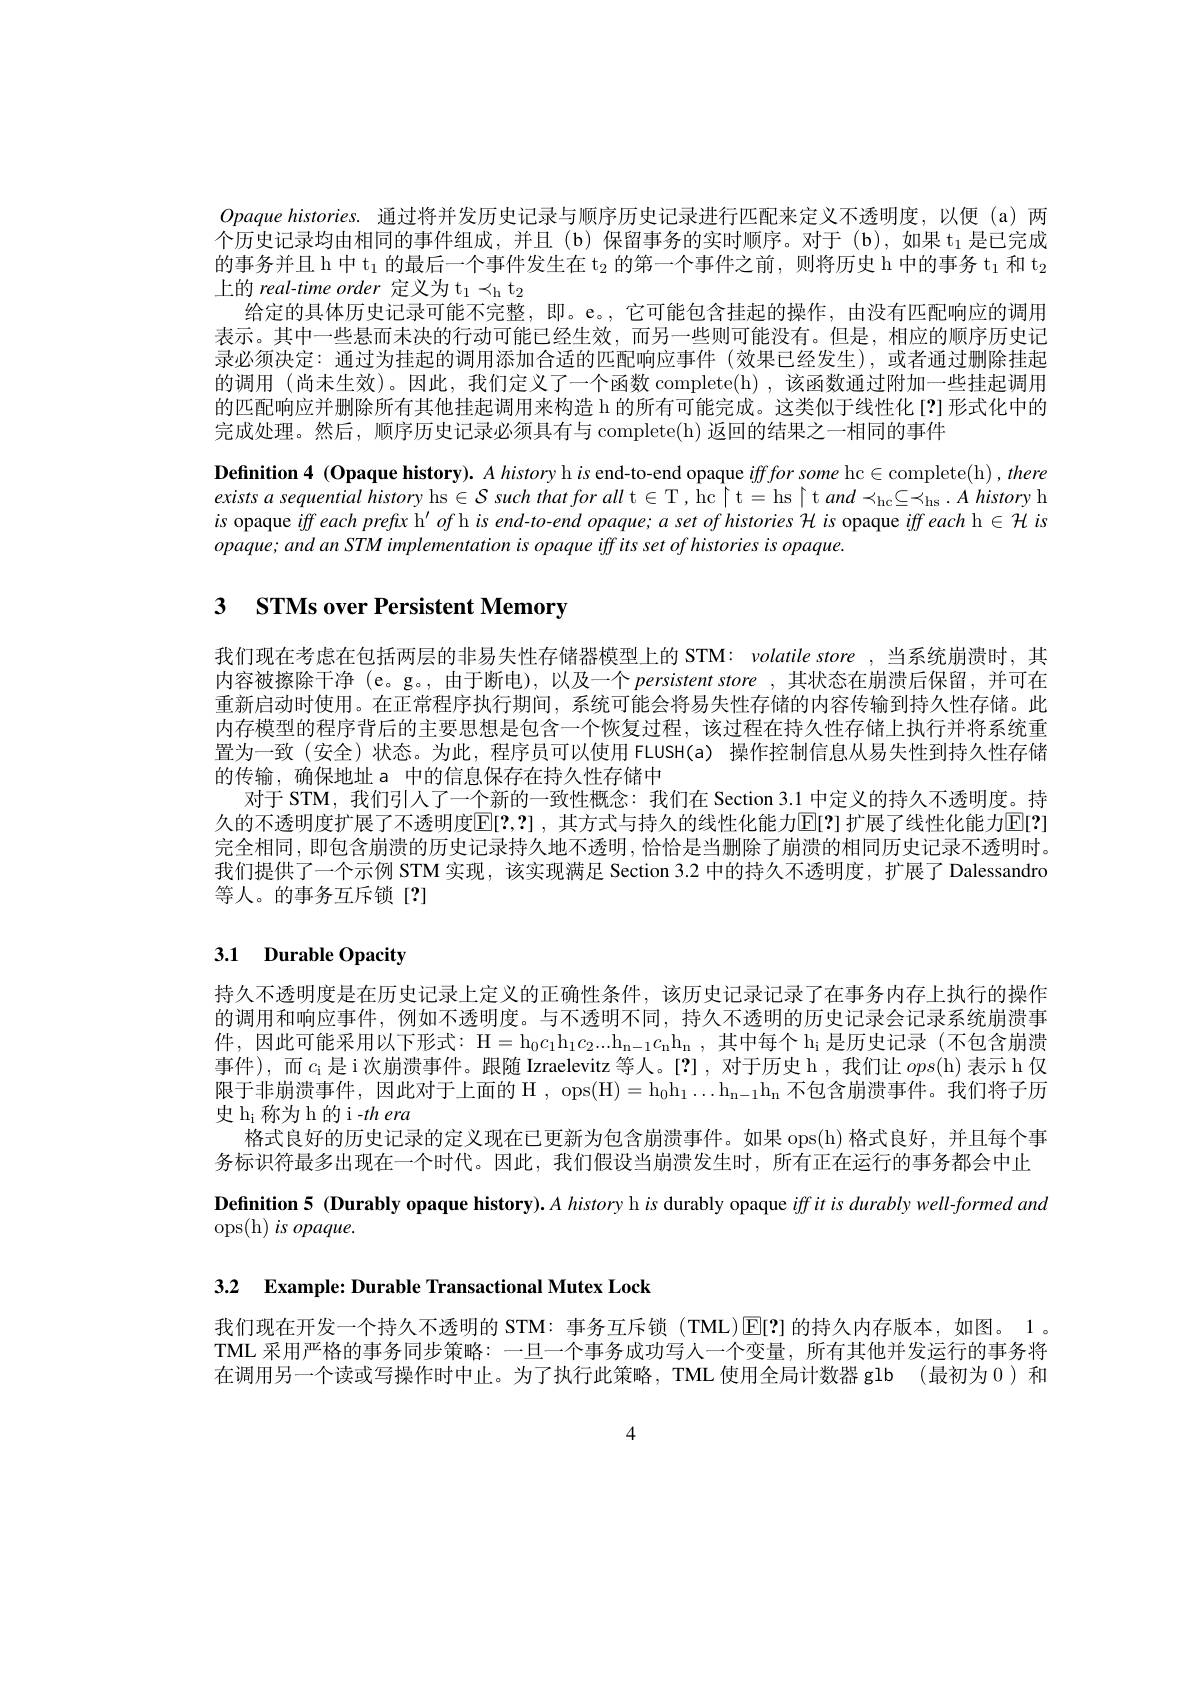
$Opaque histories.$ 通过将并发历史记录与顺序历史记录进行匹配来定义不透明度，以便(a)两个历史记录均由相同的事件组成，并且(b)保留事务的实时顺序。对于(b),如果$\mathrm{t}_1$是已完成的事务并且 h 中 t$_1$的最后一个事件发生在 t$_2$的第一个事件之前，则将历史 h 中的事务 t$_1$和 t$_2$ 上的 real-time order 定义为 t$_1\prec_\mathrm{h}$ t$_2$
给定的具体历史记录可能不完整，即。e。,它可能包含挂起的操作，由没有匹配响应的调用表示。其中一些悬而未决的行动可能已经生效，而另一些则可能没有。但是，相应的顺序历史记录必须决定：通过为挂起的调用添加合适的匹配响应事件(效果已经发生),或者通过删除挂起的调用(尚未生效)。因此，我们定义了一个函数 complete(h),该函数通过附加一些挂起调用的匹配响应并删除所有其他挂起调用来构造 h 的所有可能完成。这类似于线性化[?] 形式化中的完成处理。然后，顺序历史记录必须具有与 complete(h) 返回的结果之一相同的事件
Definition 4 (Opaque history). A history h is end-to-end opaque ifffor some hc$\in$complete(h),there exists $a$ sequential history hs $\in\mathcal{S}$ such that for all t $\in\mathcal{T}$, hc |t=hs | t $and\prec _\mathrm{hc}\subseteq \prec _\mathrm{hs}. A\textit{history h}$ $is$ opaque iff each prefix h' of h is end- to- end opaque; a set of histories H is opaque iff each h H is opaque iff each h H is opaque iff each h is prefis h is end- to- end opaque; a set of histories H is opaque iff each h H is pas pan in dis pas $opaque;andanSTMimplementationisopaqueiffitssetofhistoriesisopaque.$

# 3 STMs over Persistent Memory

我们现在考虑在包括两层的非易失性存储器模型上的 STM: volatile store ,当系统崩溃时，其内容被擦除干净 (e。g。,由于断电),以及一个 persistent store ,其状态在崩溃后保留，并可在重新启动时使用。在正常程序执行期间，系统可能会将易失性存储的内容传输到持久性存储。此内存模型的程序背后的主要思想是包含一个恢复过程，该过程在持久性存储上执行并将系统重置为一致(安全)状态。为此，程序员可以使用 FLUSH(a)操作控制信息从易失性到持久性存储的传输，确保地址 a 中的信息保存在持久性存储中
对于 STM, 我们引人了一个新的一致性概念：我们在 Section 3.1 中定义的持久不透明度。持久的不透明度扩展了不透明度E[?,?] ,其方式与持久的线性化能力[E[?] 扩展了线性化能力[E[?] 完全相同，即包含崩溃的历史记录持久地不透明，恰恰是当删除了崩溃的相同历史记录不透明时。我们提供了一个示例 STM 实现，该实现满足 Section 3.2 中的持久不透明度，扩展了 Dalessandro 等人。的事务互斥锁[?]

# 3.1 Durable Opacity

持久不透明度是在历史记录上定义的正确性条件，该历史记录记录了在事务内存上执行的操作的调用和响应事件，例如不透明度。与不透明不同，持久不透明的历史记录会记录系统崩溃事件，因此可能采用以下形式：H= $h_0c_1h_1c_2$. . . $h_{n- 1}c_nh_n$ , 其 中 每 个 $h_i$ 是 历 史 记 录 ( 不 包 含 崩 溃 ) 事件),而$c_\mathrm{i}$是 i 次崩溃事件。跟随 Izraelevitz 等人。[?],对于历史 h,我们让$ops($h)表示 h 仅限于非崩溃事件，因此对于上面的$\operatorname{H},\operatorname{ops}(\operatorname{H})=\operatorname{h_0h_1\ldotsh_{n-1}h_n}$不包含崩溃事件。我们将子历史 hi 称为 h 的 i -$th\textit{era}$
格式良好的历史记录的定义现在已更新为包含崩溃事件。如果 ops(h) 格式良好，并且每个事务标识符最多出现在一个时代。因此，我们假设当崩溃发生时，所有正在运行的事务都会中止Definition 5 (Durably opaque history). $A\textit{history h }is$ durably opaque iffitis durably well-formed and
ops(h) is opaque.

3.2 Example: Durable Transactional Mutex Lock

我们现在开发一个持久不透明的 STM: 事务互斥锁(TML)$\operatorname{E[?]}$的持久内存版本，如图。1。TML 采用严格的事务同步策略：一旦一个事务成功写人一个变量，所有其他并发运行的事务将在调用另一个读或写操作时中止。为了执行此策略，TML 使用全局计数器 glb (最初为 0)和

4